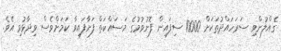
ގެއްލުންވި ސަރަހައްދުތަކަށް 10000 ސިފައިން ފޮނުވުމުގެ މަސައްކަތް ފަށާފައިވާ ކަމަށްވެސް ވިދާޅުވި އެވެ.